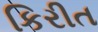
કિરીત